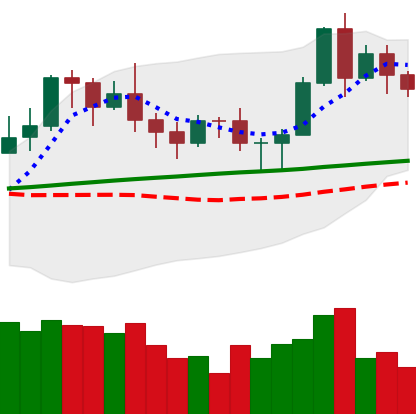
Ticker: LTC-USD
Chart end date: 2020-11-10
Forward return: 6.942%
Label: up_5_7